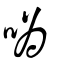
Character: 噅